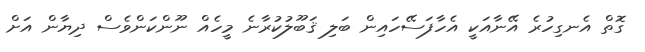
ގޮތް އެނގިހުރެ އޭނާއަކީ އެހާފަސޭހައިން ބަލި ޤަބޫލުކުރާނެ މީހެއް ނޫންކަންވެސް ދިޔާން އަށް